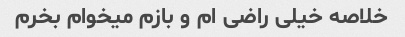
خلاصه خیلی راضی ام و بازم میخوام بخرم